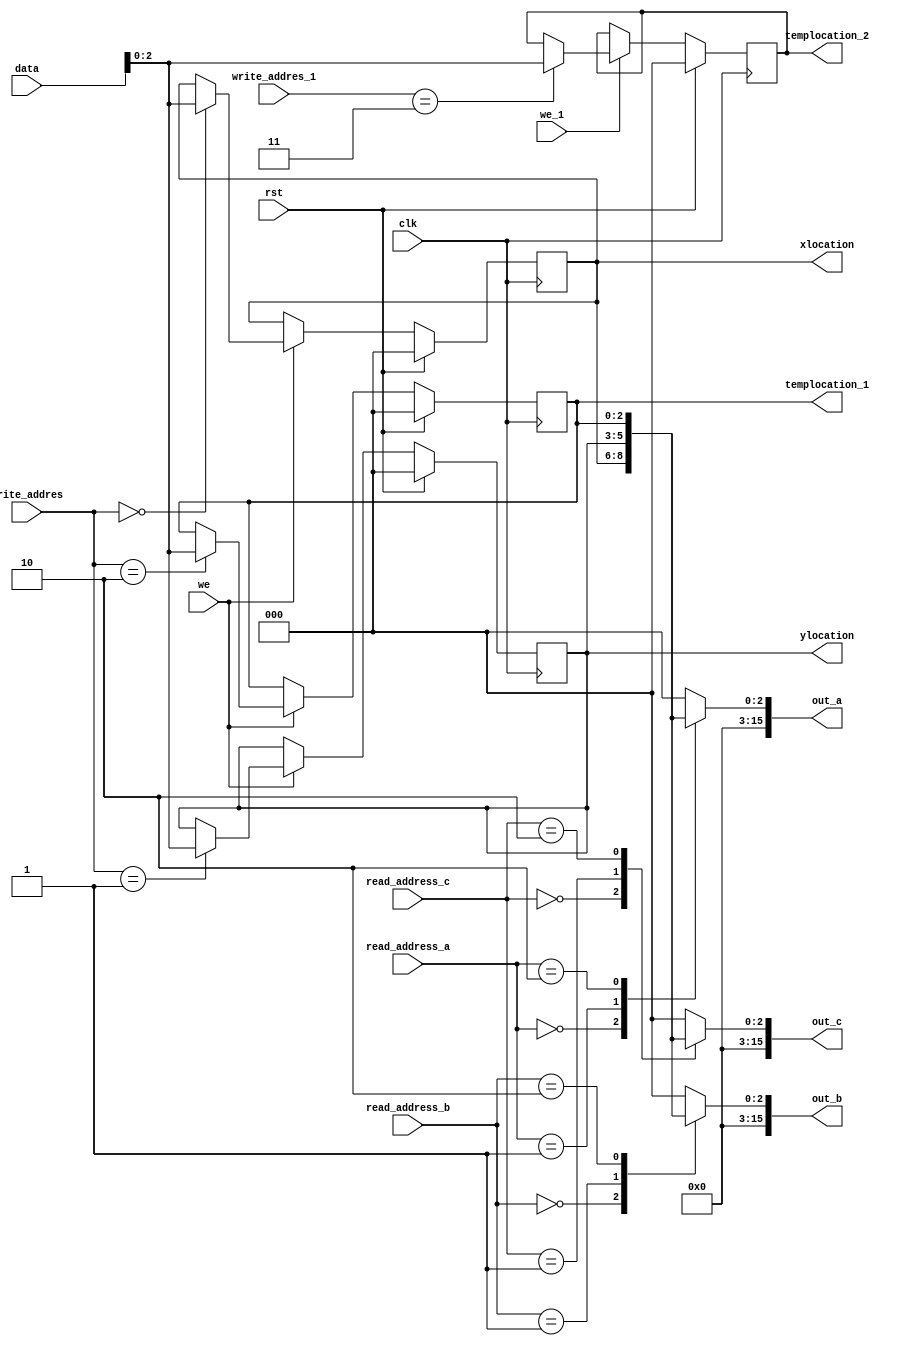
/*
   This file was generated automatically by the Mojo IDE version B1.3.6.
   Do not edit this file directly. Instead edit the original Lucid source.
   This is a temporary file and any changes made to it will be destroyed.
*/

module regfile_17 (
    input clk,
    input rst,
    input [4:0] write_addres,
    input [4:0] write_addres_1,
    input we,
    input we_1,
    input [15:0] data,
    input [4:0] read_address_a,
    input [4:0] read_address_b,
    input [4:0] read_address_c,
    output reg [2:0] xlocation,
    output reg [2:0] ylocation,
    output reg [2:0] templocation_1,
    output reg [2:0] templocation_2,
    output reg [15:0] out_a,
    output reg [15:0] out_b,
    output reg [15:0] out_c
  );
  
  
  
  reg [2:0] M_x_loc_d, M_x_loc_q = 1'h0;
  reg [2:0] M_y_loc_d, M_y_loc_q = 1'h0;
  reg [2:0] M_temp_1_d, M_temp_1_q = 1'h0;
  reg [2:0] M_temp_2_d, M_temp_2_q = 1'h0;
  
  always @* begin
    M_x_loc_d = M_x_loc_q;
    M_temp_1_d = M_temp_1_q;
    M_temp_2_d = M_temp_2_q;
    M_y_loc_d = M_y_loc_q;
    
    if (we) begin
      
      case (write_addres)
        5'h00: begin
          M_x_loc_d = data;
        end
        5'h01: begin
          M_y_loc_d = data;
        end
        5'h02: begin
          M_temp_1_d = data;
        end
      endcase
    end
    
    case (read_address_a)
      5'h00: begin
        out_a = M_x_loc_q;
      end
      5'h01: begin
        out_a = M_y_loc_q;
      end
      5'h02: begin
        out_a = M_temp_1_q;
      end
      default: begin
        out_a = 1'h0;
      end
    endcase
    
    case (read_address_b)
      5'h00: begin
        out_b = M_x_loc_q;
      end
      5'h01: begin
        out_b = M_y_loc_q;
      end
      5'h02: begin
        out_b = M_temp_1_q;
      end
      default: begin
        out_b = 1'h0;
      end
    endcase
    
    case (read_address_c)
      5'h00: begin
        out_c = M_x_loc_q;
      end
      5'h01: begin
        out_c = M_y_loc_q;
      end
      5'h02: begin
        out_c = M_temp_1_q;
      end
      default: begin
        out_c = 1'h0;
      end
    endcase
    if (we_1) begin
      
      case (write_addres_1)
        5'h03: begin
          M_temp_2_d = data;
        end
      endcase
    end
    xlocation = M_x_loc_q;
    ylocation = M_y_loc_q;
    templocation_1 = M_temp_1_q;
    templocation_2 = M_temp_2_q;
  end
  
  always @(posedge clk) begin
    if (rst == 1'b1) begin
      M_x_loc_q <= 1'h0;
      M_y_loc_q <= 1'h0;
      M_temp_1_q <= 1'h0;
      M_temp_2_q <= 1'h0;
    end else begin
      M_x_loc_q <= M_x_loc_d;
      M_y_loc_q <= M_y_loc_d;
      M_temp_1_q <= M_temp_1_d;
      M_temp_2_q <= M_temp_2_d;
    end
  end
  
endmodule